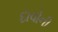
દાવોની